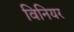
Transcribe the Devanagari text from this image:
विनियर